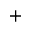
^ { + }